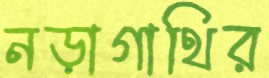
নড়াগাথির